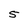
Character: 5